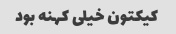
کیکتون خیلی کهنه بود